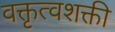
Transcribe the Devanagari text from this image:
वक्तृत्वशक्ती